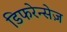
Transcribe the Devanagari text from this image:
डिफरेन्सेज़